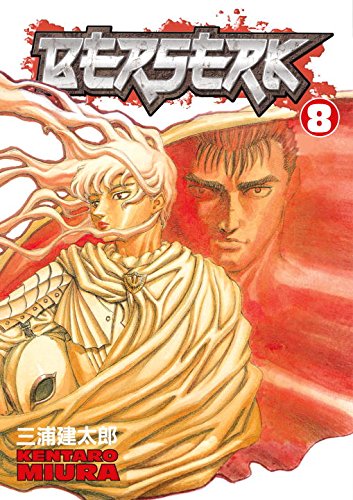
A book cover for Berserk, Vol. 8; Kentaro Miura; Comics & Graphic Novels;